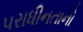
પરાધીનતાનો